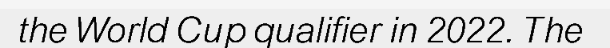
the World Cup qualifier in 2022. The